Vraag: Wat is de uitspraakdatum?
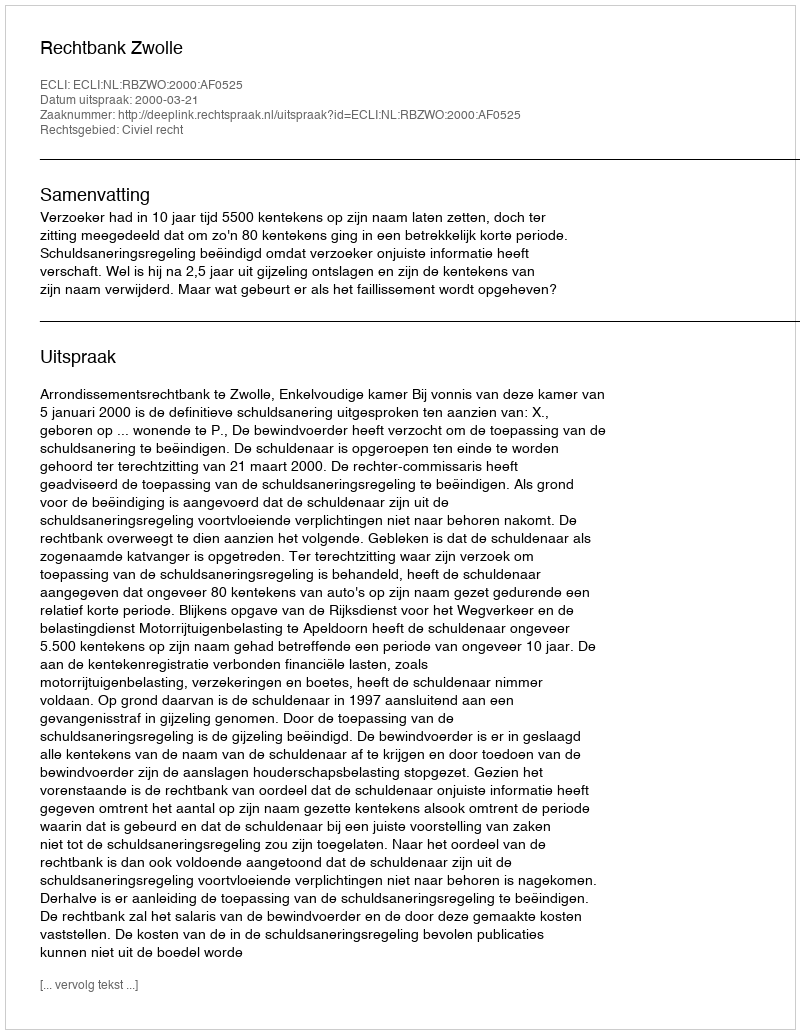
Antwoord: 2000-03-21